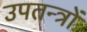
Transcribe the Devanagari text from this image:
उपतन्त्रों